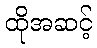
ထိုအဆင့်